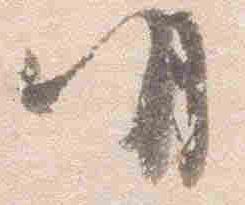
明